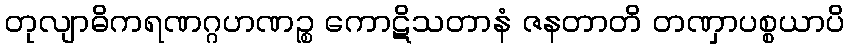
တုလျာဓိကရဏဂ္ဂဟဏဉ္စ ကောဋိသတာနံ ဇနတာတိ တဏှာပစ္စယာပိ